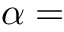
\alpha =